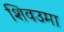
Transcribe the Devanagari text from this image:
शिवउमा